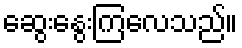
ဆွေးနွေးကြလေသည်။